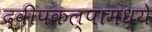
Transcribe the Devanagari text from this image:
द्वीपकल्पामध्ये